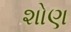
શોણ